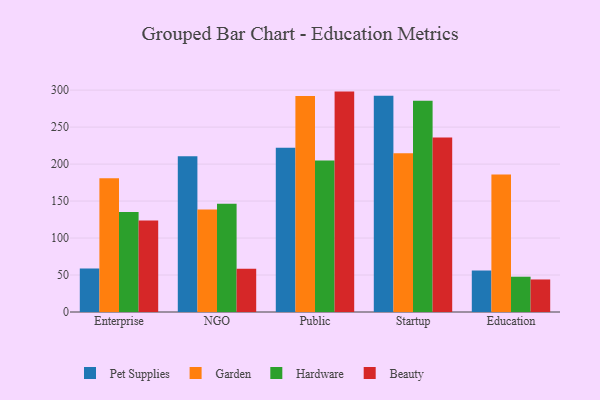
{"axis": {"x": "Segment", "y": "Satisfaction Score"}, "legend": ["Beauty", "Garden", "Hardware", "Pet Supplies"], "data": [{"x": "Enterprise", "y": 58.9, "type": "Pet Supplies"}, {"x": "Enterprise", "y": 180.7, "type": "Garden"}, {"x": "Enterprise", "y": 135.2, "type": "Hardware"}, {"x": "Enterprise", "y": 123.8, "type": "Beauty"}, {"x": "NGO", "y": 210.5, "type": "Pet Supplies"}, {"x": "NGO", "y": 138.5, "type": "Garden"}, {"x": "NGO", "y": 146.3, "type": "Hardware"}, {"x": "NGO", "y": 58.6, "type": "Beauty"}, {"x": "Public", "y": 222.0, "type": "Pet Supplies"}, {"x": "Public", "y": 292.2, "type": "Garden"}, {"x": "Public", "y": 204.9, "type": "Hardware"}, {"x": "Public", "y": 298.0, "type": "Beauty"}, {"x": "Startup", "y": 292.4, "type": "Pet Supplies"}, {"x": "Startup", "y": 214.8, "type": "Garden"}, {"x": "Startup", "y": 285.6, "type": "Hardware"}, {"x": "Startup", "y": 235.8, "type": "Beauty"}, {"x": "Education", "y": 56.1, "type": "Pet Supplies"}, {"x": "Education", "y": 186.0, "type": "Garden"}, {"x": "Education", "y": 47.7, "type": "Hardware"}, {"x": "Education", "y": 44.0, "type": "Beauty"}]}